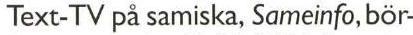
Text-TV på samiska, Sameinfo, bör-